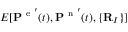
E [ \mathbf { P } ^ { \mathrm { ~ e ~ } ^ { \prime } } ( t ) , \mathbf { P } ^ { \mathrm { ~ n ~ } ^ { \prime } } ( t ) , \{ \mathbf { R } _ { I } \} ]